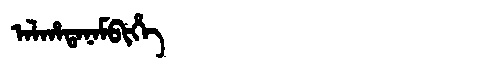
Manchu: ᠠᠯᡥᠠᡨᠠᠨᠠᠮᠪᡳᡥᡝ
Romanization: ALHATANAMBIHE